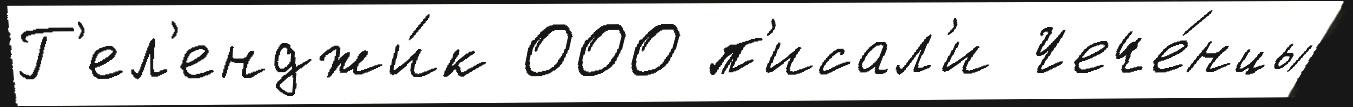
Г'ел'енджи́к 000 п'исал'и Чече́нцы